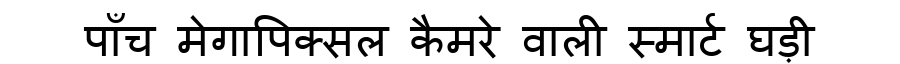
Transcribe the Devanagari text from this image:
पाँच मेगापिक्सल कैमरे वाली स्मार्ट घड़ी